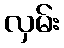
လှမ်း